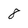
Character: 8